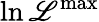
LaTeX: \ln{\cal\mathscr{L}}^{\mathrm{{max}}}